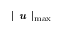
| \textbf { \em u } | _ { \operatorname* { m a x } }